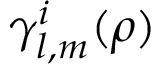
\gamma _ { l , m } ^ { i } ( { \boldsymbol \rho } )